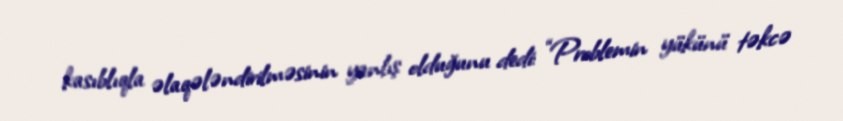
kasıblıqla əlaqələndirilməsinin yanlış olduğunu dedi: “Problemin yükünü təkcə